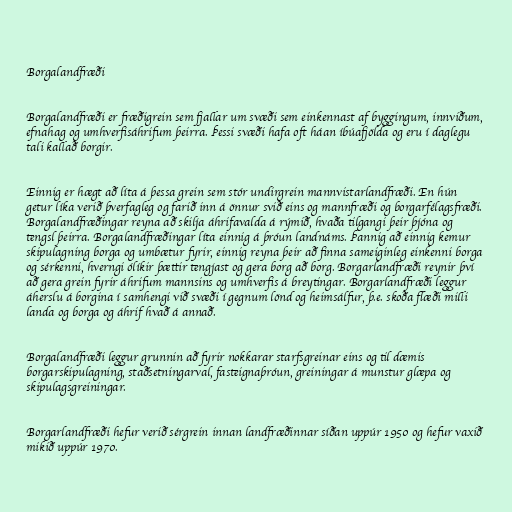
Borgalandfræði

Borgalandfræði er fræðigrein sem fjallar um svæði sem einkennast af byggingum, innviðum,
efnahag og umhverfisáhrifum þeirra. Þessi svæði hafa oft háan íbúafjölda og eru í daglegu
tali kallað borgir.

Einnig er hægt að líta á þessa grein sem stór undirgrein mannvistarlandfræði. En hún
getur líka verið þverfagleg og farið inn á önnur svið eins og mannfræði og borgarfélagsfræði.
Borgalandfræðingar reyna að skilja áhrifavalda á rýmið, hvaða tilgangi þeir þjóna og
tengsl þeirra. Borgalandfræðingar líta einnig á þróun landnáms. Þannig að einnig kemur
skipulagning borga og umbætur fyrir, einnig reyna þeir að finna sameiginleg einkenni borga
og sérkenni, hverngi ólíkir þættir tengjast og gera borg að borg. Borgarlandfræði reynir því
að gera grein fyrir áhrifum mannsins og umhverfis á breytingar. Borgarlandfræði leggur
áherslu á borgina í samhengi við svæði í gegnum lönd og heimsálfur, þ.e. skoða flæði milli
landa og borga og áhrif hvað á annað.

Borgalandfræði leggur grunnin að fyrir nokkarar starfsgreinar eins og til dæmis
borgarskipulagning, staðsetningarval, fasteignaþróun, greiningar á munstur glæpa og
skipulagsgreiningar.

Borgarlandfræði hefur verið sérgrein innan landfræðinnar síðan uppúr 1950 og hefur vaxið
mikið uppúr 1970.